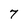
Character: 7